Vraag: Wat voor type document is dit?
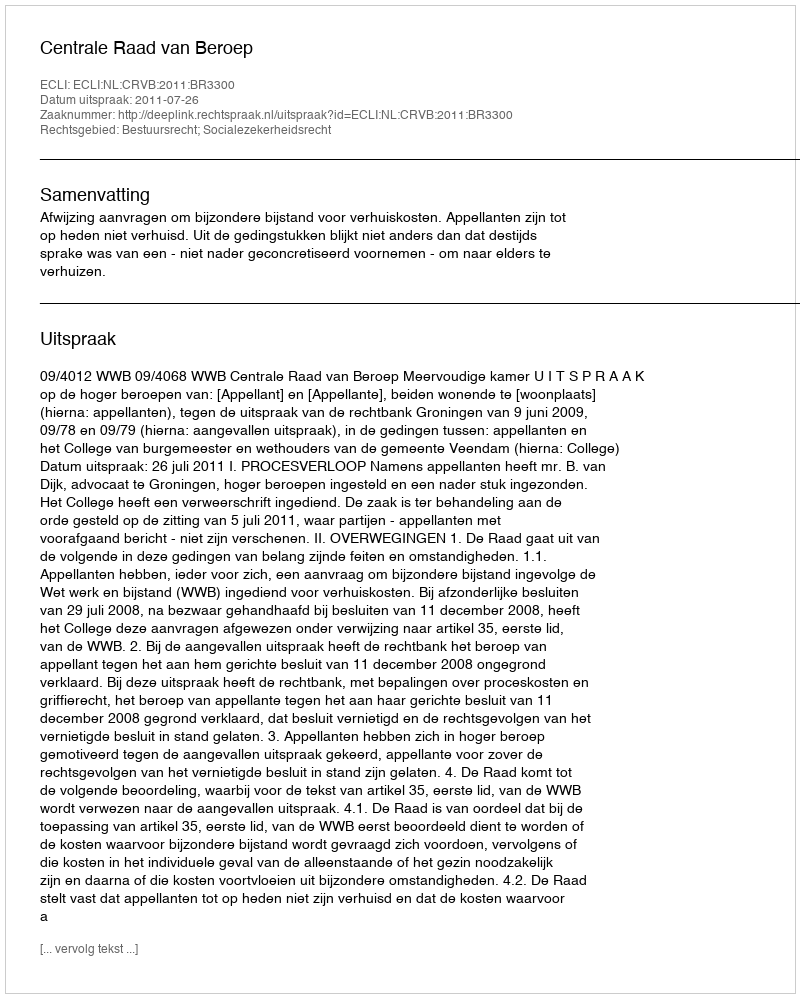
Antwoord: Uitspraak